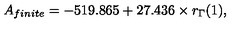
A _ { f i n i t e } = - 5 1 9 . 8 6 5 + 2 7 . 4 3 6 \times r _ { \Gamma } ( 1 ) ,